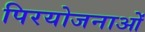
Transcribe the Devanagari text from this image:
पिरयोजनाओं